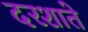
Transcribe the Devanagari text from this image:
दरशाते